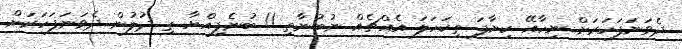
ދެވަނަފަހަރަށް ނިހާއޭ ކިޔާފަ ތިކަހަލަ އެއްޗެއް ނުބުނާތި..!! ބުނެފިއްޔާ ތި ދުލުން ދެވަނަފަހަރަށް